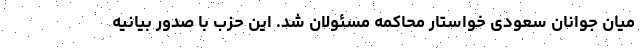
میان جوانان سعودی خواستار محاکمه مسئولان شد. این حزب با صدور بیانیه